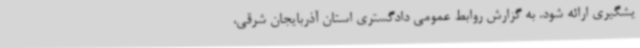
یشگیری ارائه شود. به گزارش روابط عمومی دادگستری استان آذربایجان شرقی،